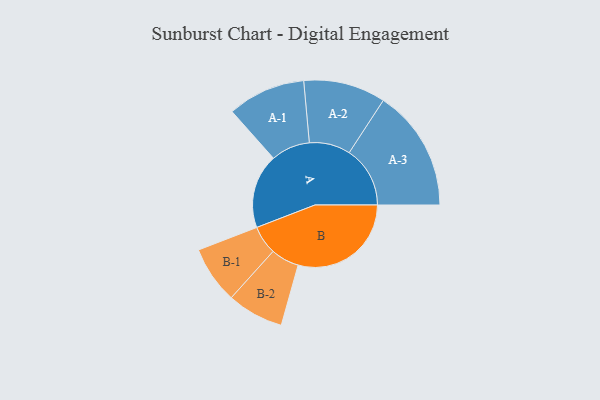
{"axis": {"x": "Segment", "y": "Value"}, "legend": ["", "A", "B"], "data": [{"x": "A", "y": 326, "type": ""}, {"x": "B", "y": 496, "type": ""}, {"x": "A-1", "y": 171, "type": "A"}, {"x": "A-2", "y": 180, "type": "A"}, {"x": "A-3", "y": 267, "type": "A"}, {"x": "B-1", "y": 126, "type": "B"}, {"x": "B-2", "y": 124, "type": "B"}]}